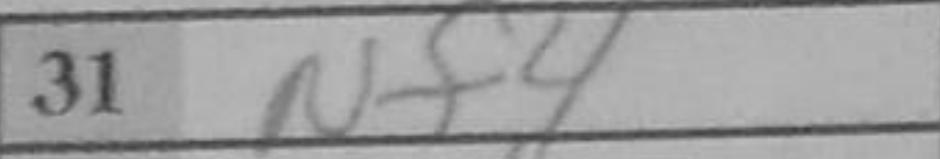
Transcription: Nf4